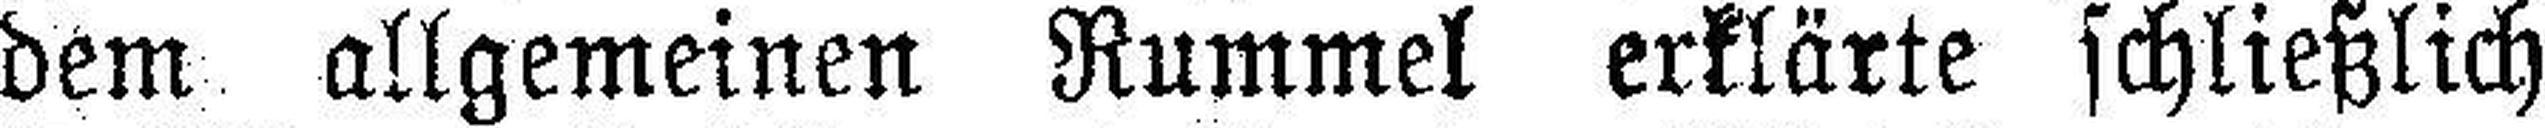
dem allgemeinen Rummel erklärte schließlich